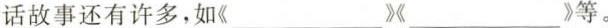
话故事还有许多，如《___》《___》等。